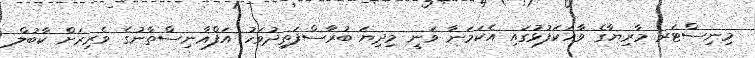
މިނިސްޓަރ މާރިޔާގެ ވާހަކަފުޅުގައި އެކަމަނާ ވަނީ މިދިޔަ ބުރާސްފަތިދުވަހު އަފްޣާނިސްތާނުގެ ވެރިރަށް ކާބުލް